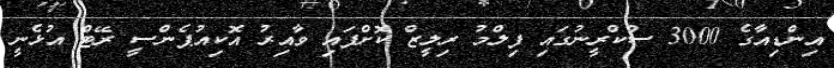
އިންޑިއާގެ 3000 ސްކްރީނުގައި ފިލްމު ރިލީޒް ކޮށްފައި ވާއިރު އޮކިއުޕެންސީ ރޭޓް އުޅެނީ